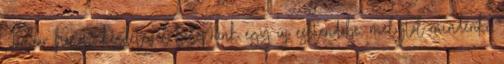
Január hónap kezdetével belépünk egy új esztendőbe, melytől mindenki